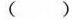
()